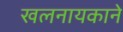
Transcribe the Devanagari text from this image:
खलनायकाने